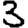
Digit: 3